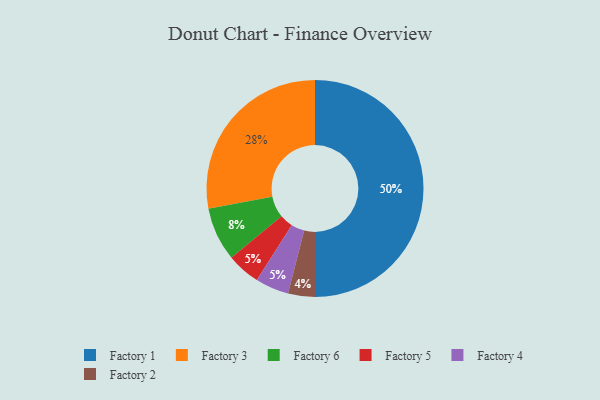
{"axis": {"x": "Category", "y": "Percentage"}, "legend": ["Factory 1", "Factory 2", "Factory 3", "Factory 4", "Factory 5", "Factory 6"], "data": [{"x": "Factory 5", "y": 5, "type": "Factory 5"}, {"x": "Factory 4", "y": 5, "type": "Factory 4"}, {"x": "Factory 1", "y": 50, "type": "Factory 1"}, {"x": "Factory 3", "y": 28, "type": "Factory 3"}, {"x": "Factory 2", "y": 4, "type": "Factory 2"}, {"x": "Factory 6", "y": 8, "type": "Factory 6"}]}